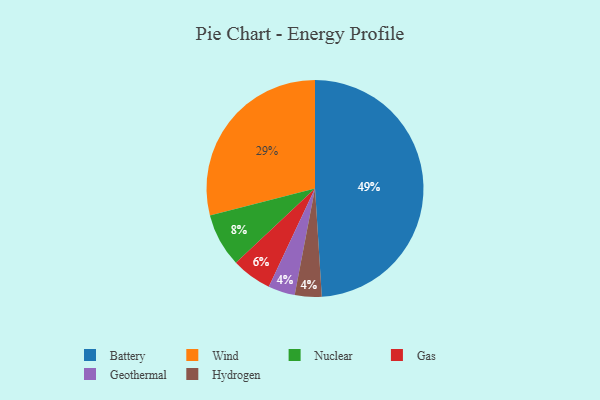
{"axis": {"x": "Category", "y": "Percentage"}, "legend": ["Battery", "Gas", "Geothermal", "Hydrogen", "Nuclear", "Wind"], "data": [{"x": "Battery", "y": 49, "type": "Battery"}, {"x": "Nuclear", "y": 8, "type": "Nuclear"}, {"x": "Gas", "y": 6, "type": "Gas"}, {"x": "Geothermal", "y": 4, "type": "Geothermal"}, {"x": "Wind", "y": 29, "type": "Wind"}, {"x": "Hydrogen", "y": 4, "type": "Hydrogen"}]}